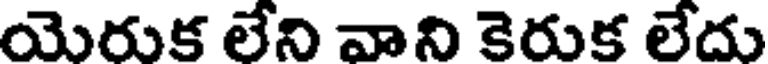
యెరుక లేని వాని కెరుక లేదు